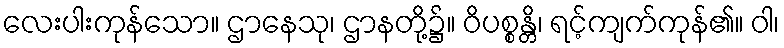
လေးပါးကုန်သော။ ဌာနေသု၊ ဌာနတို့၌။ ဝိပစ္စန္တိ၊ ရင့်ကျက်ကုန်၏။ ဝါ၊